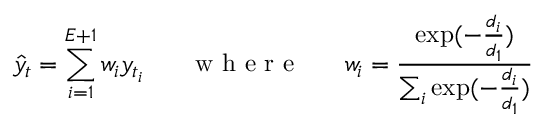
\hat { y } _ { t } = \sum _ { i = 1 } ^ { E + 1 } w _ { i } y _ { t _ { i } } ~ ~ ~ ~ ~ \mathrm { ~ w ~ h ~ e ~ r ~ e ~ } ~ ~ ~ ~ ~ w _ { i } = \frac { \exp ( - \frac { d _ { i } } { d _ { 1 } } ) } { \sum _ { i } \exp ( - \frac { d _ { i } } { d _ { 1 } } ) }